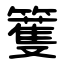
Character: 籆